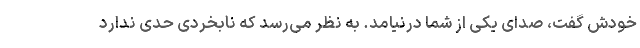
خودش گفت، صدای یکی از شما درنیامد. به نظر می‌رسد که نابخردی حدی ندارد